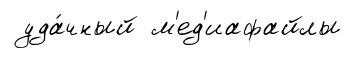
уда́чный м'ед'иафайлы